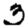
Digit: 3